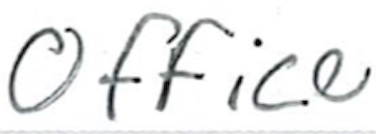
Text: Office
Cross-out: clean
Writing tool: ballpoint